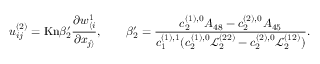
u _ { i j } ^ { ( 2 ) } = \mathrm { K n } \beta _ { 2 } ^ { \prime } \frac { \partial w _ { \langle i } ^ { 1 } } { \partial x _ { j \rangle } } , \qquad \beta _ { 2 } ^ { \prime } = \frac { c _ { 2 } ^ { ( 1 ) , 0 } A _ { 4 8 } - c _ { 2 } ^ { ( 2 ) , 0 } A _ { 4 5 } } { c _ { 1 } ^ { ( 1 ) , 1 } ( c _ { 2 } ^ { ( 1 ) , 0 } \mathscr { L } _ { 2 } ^ { ( 2 2 ) } - c _ { 2 } ^ { ( 2 ) , 0 } \mathscr { L } _ { 2 } ^ { ( 1 2 ) } ) } .